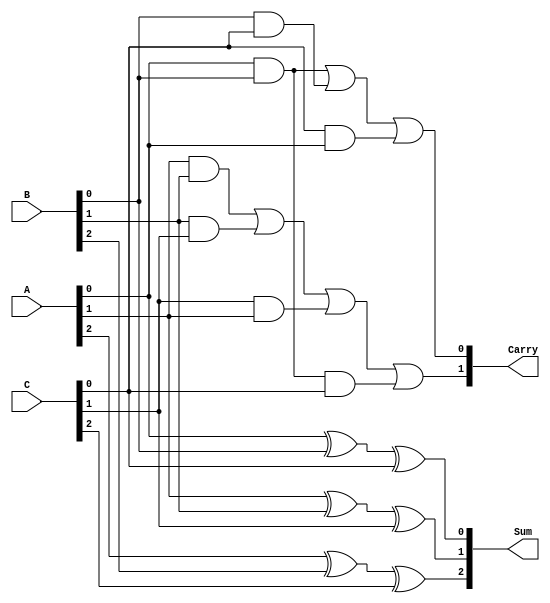
module CarrySaveAdder (
    input  wire [2:0] A,    // 3-bit binary input A
    input  wire [2:0] B,    // 3-bit binary input B
    input  wire [2:0] C,    // 3-bit binary input C
    output wire [2:0] Sum,   // 3-bit output Sum
    output wire [1:0] Carry  // 2-bit output Carry
);

// Sum calculation using XOR
assign Sum[0] = A[0] ^ B[0] ^ C[0];
assign Sum[1] = A[1] ^ B[1] ^ C[1];
assign Sum[2] = A[2] ^ B[2] ^ C[2];

// Carry calculation using AND and OR
assign Carry[0] = (A[0] & B[0]) | (B[0] & C[0]) | (C[0] & A[0]);
assign Carry[1] = (A[1] & B[1]) | (B[1] & C[1]) | (C[1] & A[1]) | (A[0] & B[0] & C[0]);

endmodule